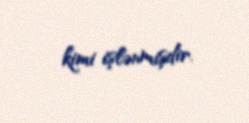
kimi işlənmişdir.